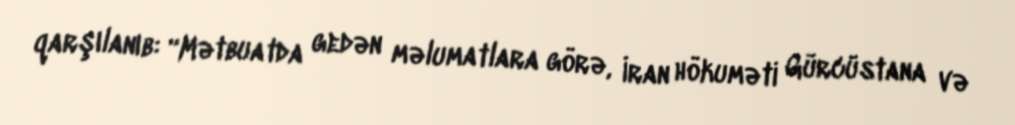
qarşılanıb: “Mətbuatda gedən məlumatlara görə, İran hökuməti Gürcüstana və